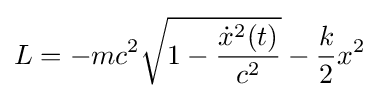
L=-mc^{2}{\sqrt {1-{\frac {{\dot {x}}^{2}(t)}{c^{2}}}}}-{\frac {k}{2}}x^{2}